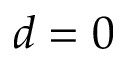
d = 0